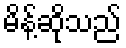
မိန့်ဆိုသည်